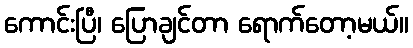
ကောင်းပြီ၊ ပြောချင်တာ ရောက်တော့မယ်။